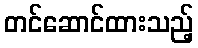
တင်ဆောင်ထားသည့်